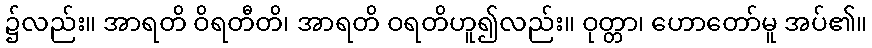
၌လည်း။ အာရတိ ဝိရတီတိ၊ အာရတိ ဝရတိဟူ၍လည်း။ ဝုတ္တာ၊ ဟောတော်မူ အပ်၏။